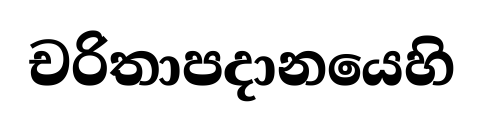
චරිතාපදානයෙහි